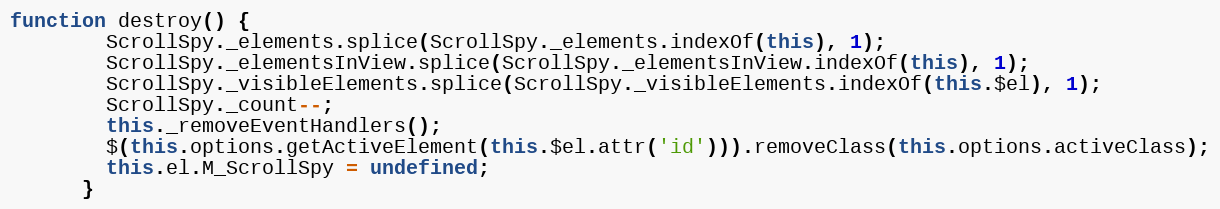
Language: JavaScript
function destroy() {
        ScrollSpy._elements.splice(ScrollSpy._elements.indexOf(this), 1);
        ScrollSpy._elementsInView.splice(ScrollSpy._elementsInView.indexOf(this), 1);
        ScrollSpy._visibleElements.splice(ScrollSpy._visibleElements.indexOf(this.$el), 1);
        ScrollSpy._count--;
        this._removeEventHandlers();
        $(this.options.getActiveElement(this.$el.attr('id'))).removeClass(this.options.activeClass);
        this.el.M_ScrollSpy = undefined;
      }